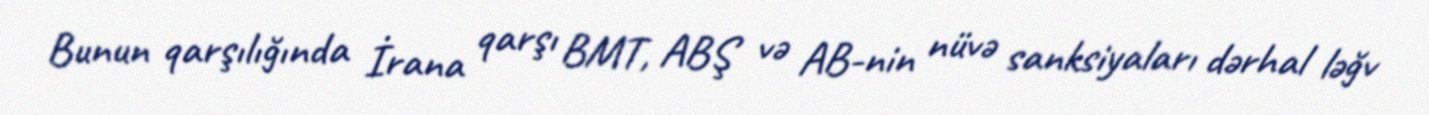
Bunun qarşılığında İrana qarşı BMT, ABŞ və AB-nin nüvə sanksiyaları dərhal ləğv